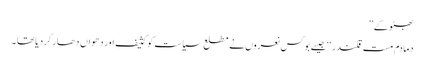
بھٹو کے ’’
دمادم مست قلندر ‘‘ جیسے بوگس نعروں نے مطلع سیاست کو کثیف اور دھواں دھار کر دیا تھا ۔